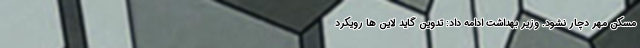
مسکن مهر دچار نشود. وزیر بهداشت ادامه داد: تدوین گاید لاین ها رویکرد